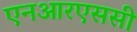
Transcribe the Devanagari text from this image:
एनआरएससी